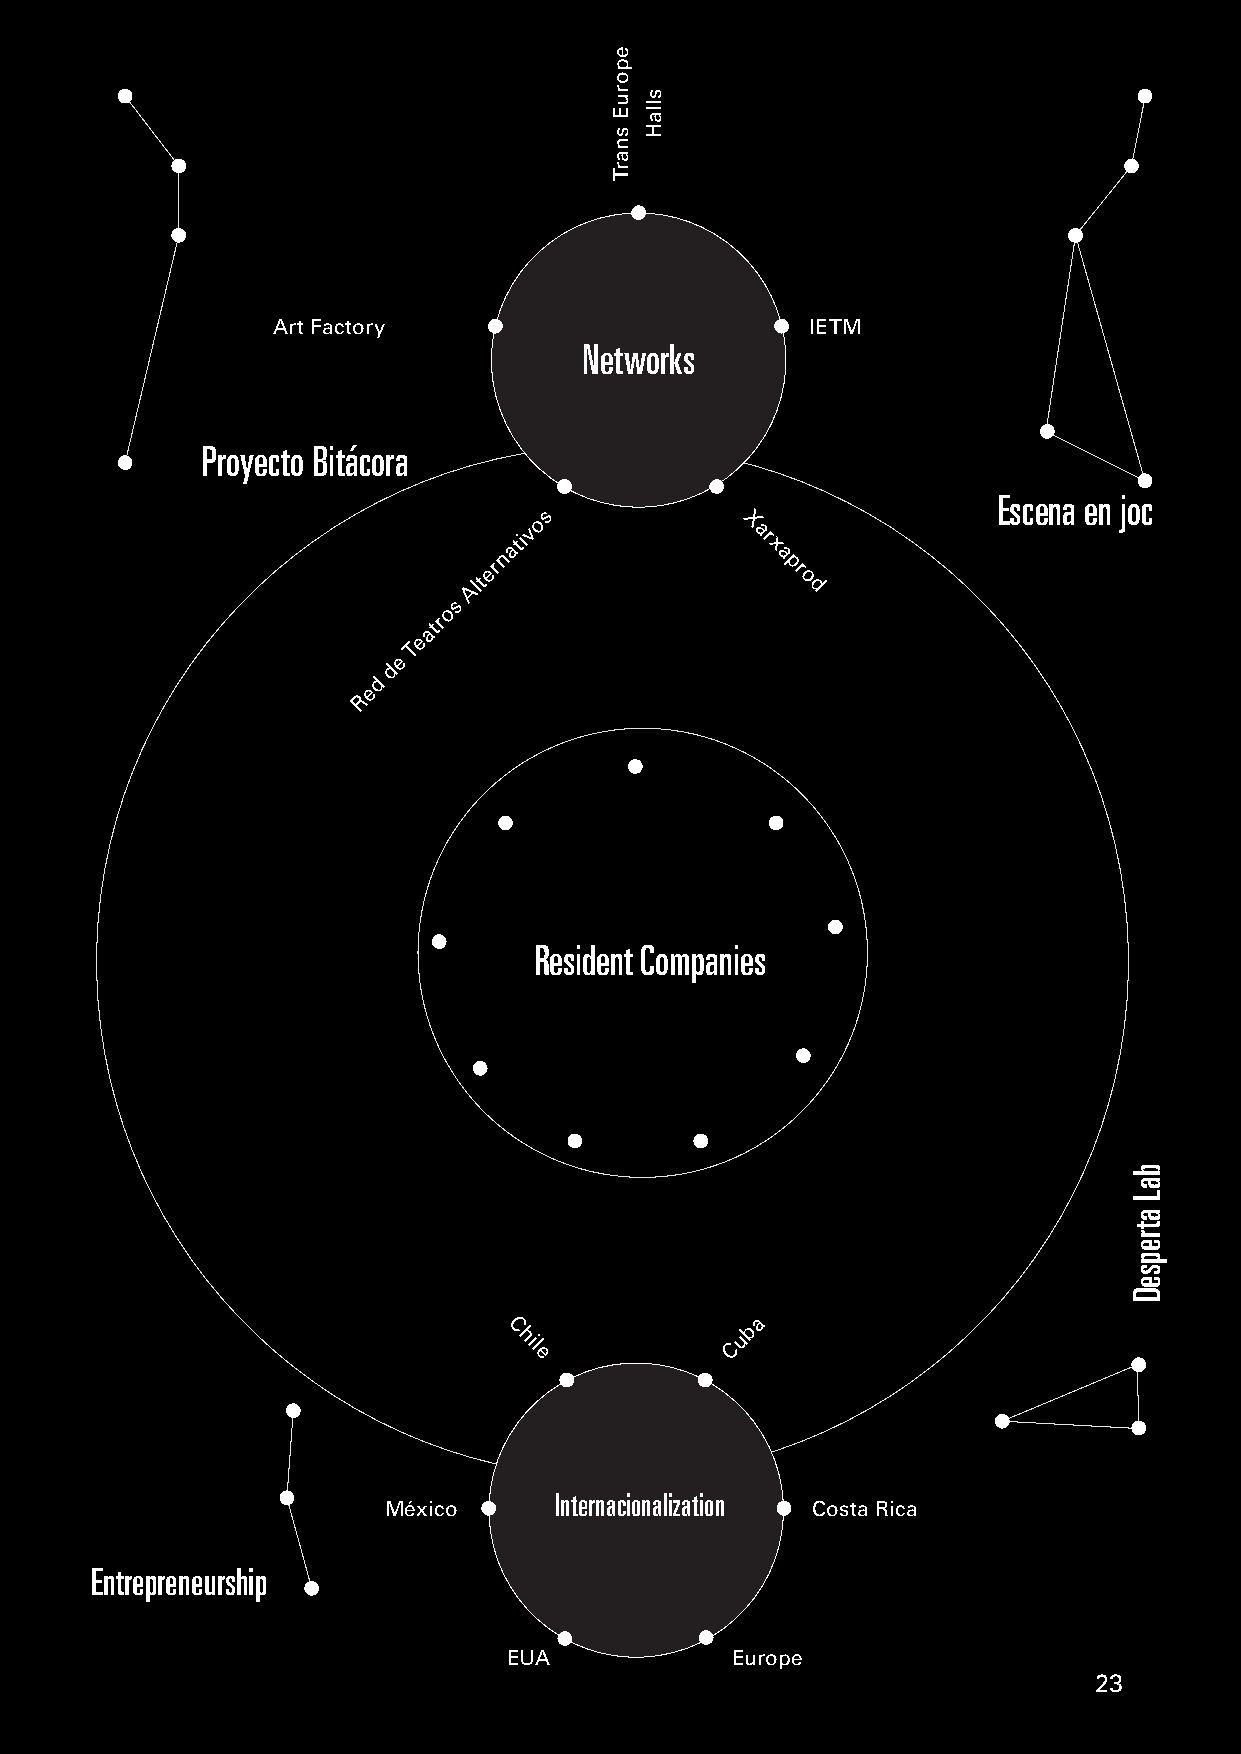
Projects
 Art Factory                         IETM
 Networks
 Proyecto Bitácora
 Escena en joc
 s
 ativo          X
 ar
 x
 n                 a
 er                  pr
 Alt                   o
 d
 s
 o
 atr
 e
 T
 Projects                  de
 d
 e
 R
 Resident Companies
 a
 C               b
 hil           Cu
 e
 Internacionalization
 México                       Costa Rica
 Entrepreneurship
 EUA           Europe
 23
 eporuE
 snarT
 sllaH
 baL
 atrepseD